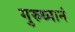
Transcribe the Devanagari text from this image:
गुरुध्यानं